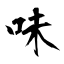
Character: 味